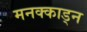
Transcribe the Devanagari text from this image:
मनक्काड्न